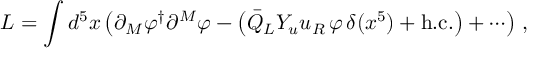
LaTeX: L = \int d ^ { 5 } x \left( \partial _ { M } \varphi ^ { \dagger } \partial ^ { M } \varphi - \left( \bar { Q } _ { L } Y _ { u } u _ { R } \, \varphi \, \delta ( x ^ { 5 } ) + \mathrm { h } . \mathrm { c } . \right) + \cdots \right) \, ,